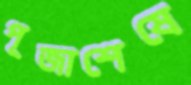
পূজাশেষে